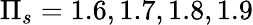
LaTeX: \Pi_{s}=1.6,1.7,1.8,1.9